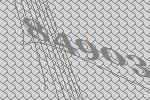
84903